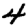
Digit: 4